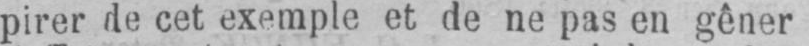
pirer de cet exemple et de ne pas en gêner